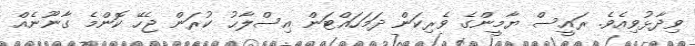
ވިދާޅުވިއެވެ. ރައީސް ޔާމީންގެ ވެރިކަން ދަމަހައްޓަން އިސްލާޙު ކުރަން ޖެހޭ ކޮންމެ ގާނޫނެއް